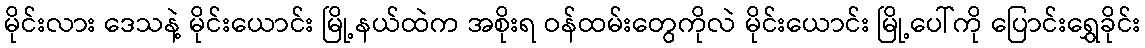
မိုင်းလား ဒေသနဲ့ မိုင်းယောင်း မြို့နယ်ထဲက အစိုးရ ဝန်ထမ်းတွေကိုလဲ မိုင်းယောင်း မြို့ပေါ်ကို ပြောင်းရွှေခိုင်း